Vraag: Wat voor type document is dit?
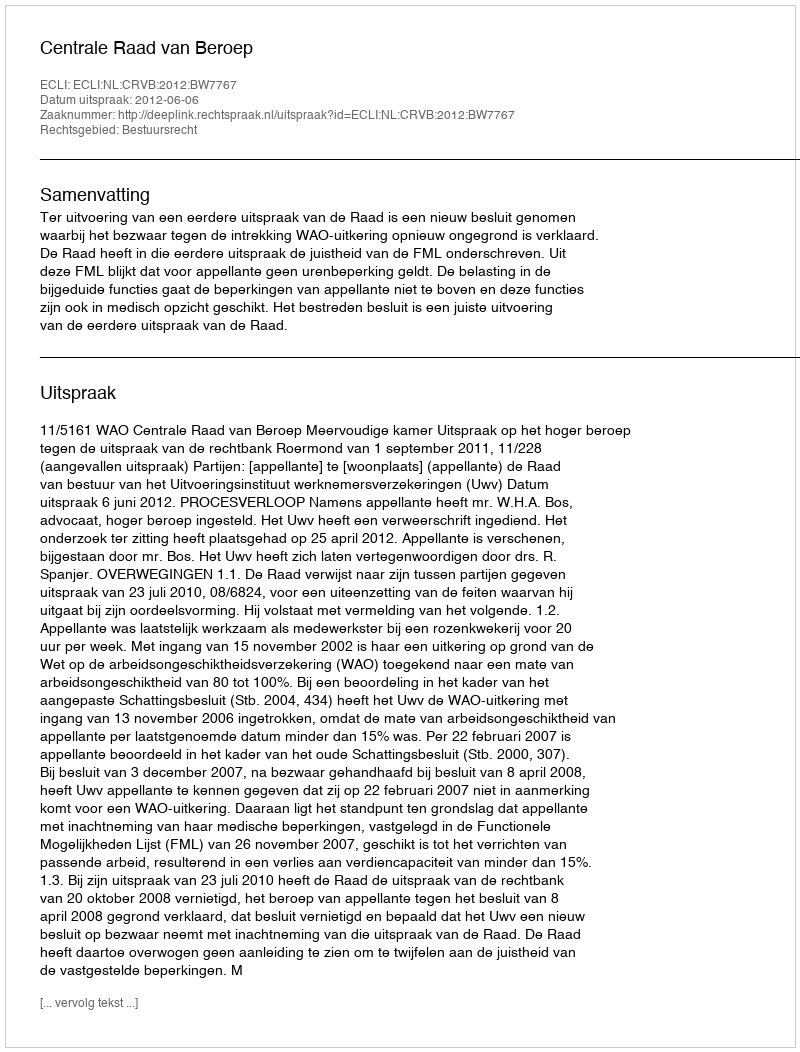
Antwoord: Uitspraak